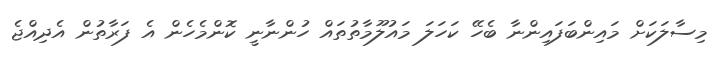
މިސާލަކަށް މައިންބަފައިންނާ ބެހޭ ކަހަލަ މައުލޫމާތުތައް ހުންނާނީ ކޮންމެހެން އެ ފަރާތުން އެދިއްޖެ